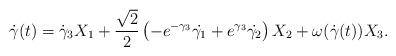
LaTeX: \begin{align*}\dot{\gamma}(t)=\dot{\gamma}_3X_1+\frac{\sqrt{2}}{2}\left(-e^{-\gamma_3}\dot{\gamma_1}+e^{\gamma_3}\dot{\gamma_2}\right)X_2+\omega(\dot{\gamma}(t))X_3.\end{align*}